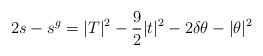
LaTeX: \begin{align*}2s-s^g = |T|^2-\frac92|t|^2-2\delta\theta - |\theta|^2 \end{align*}